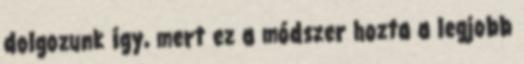
dolgozunk így, mert ez a módszer hozta a legjobb